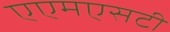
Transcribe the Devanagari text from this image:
एएमएसटी